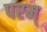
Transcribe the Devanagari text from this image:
परम्‌